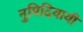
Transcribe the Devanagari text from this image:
नुमिदियायी